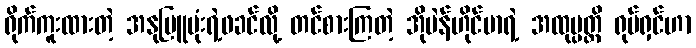
ရိုက်ကူးထားတဲ့ အနုမြူဗုံးရဲ့ဖခင်လို့ တင်စားကြတဲ့ အိုပဲန်ဟိုင်မာရဲ့ အထုပ္ပတ္တိ ရုပ်ရှင်ဟာ